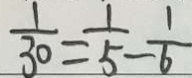
\frac { 1 } { 3 0 } = \frac { 1 } { 5 } - \frac { 1 } { 6 }